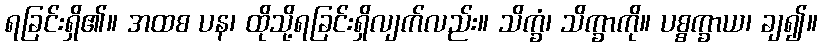
ရခြင်းရှိ၏။ အထစ ပန၊ ထိုသို့ရခြင်းရှိလျက်လည်း။ သိက္ခံ၊ သိက္ခာကို။ ပစ္စက္ခာယ၊ ချ၍။